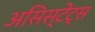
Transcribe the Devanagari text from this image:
असिस्टेंट्स